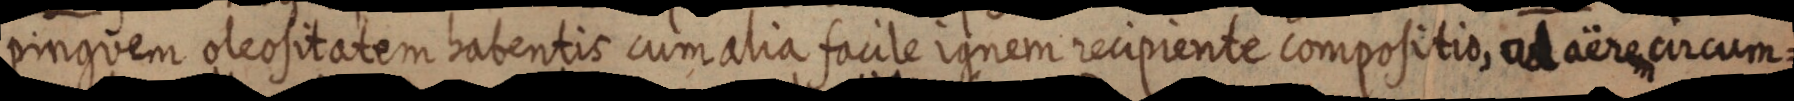
pinguem oleositatem habentis cumalia facile ignem recipiente compositio, ad aërem circum